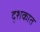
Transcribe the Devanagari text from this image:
द्शकात